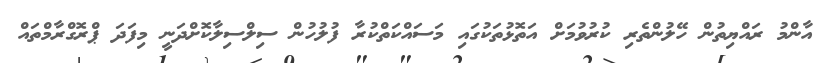
އާންމު ރައްޔިތުން ހޭލުންތެރި ކުރުވުމަށް އަތޮޅުތަކުގައި މަސައްކަތްކުރާ ފުލުހުން ސިލްސިލާކޮށްދަނީ މިފަދަ ޕްރޮގްރާމްތައް